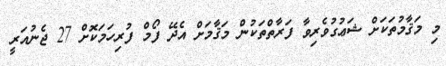
މި މަޤާމުތަކަށް ޝަޢުގުވެރިވާ ފަރާތްތަކުން މަޤާމަށް އެދޭ ފޯމް ފުރިހަމަކޮށް 27 ޖެނުއަރީ